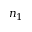
n _ { 1 }